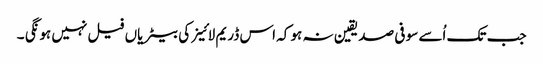
جب تک اُسے سو فی صد یقین نہ ہو کہ اس ڈریم لائینر کی بیٹریاں فیل نہیں ہونگی ۔